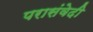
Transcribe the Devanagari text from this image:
परासंवेदी